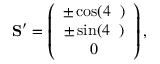
\begin{array} { r } { { \bf S } ^ { \prime } = \left( \begin{array} { c } { \pm \cos ( 4 { \it \Delta \Psi } ) } \\ { \pm \sin ( 4 { \it \Delta \Psi } ) } \\ { 0 } \end{array} \right) , } \end{array}